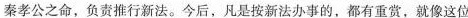
秦孝公之命，负责推行新法。今后，凡是按新法办事的，都有重赏，就像这位